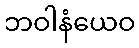
ဘဝါနံယေဝ